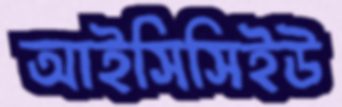
আইসিসিইউ